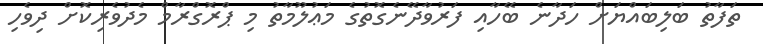
ތަފާތު ބަލިބައްޔަށް ހަދާނެ ބޭހާއި ފަރުވާދޭނެގޮތުގެ މަޢުލޫމާތު މި ޕްރޮގްރާމް މެދުވެރިކޮށް ދިވެހި